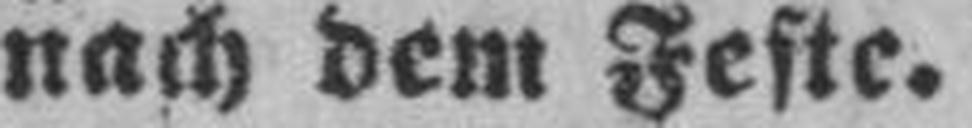
nach dem Feste.